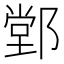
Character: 䣘